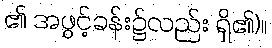
၏ အဖွင့်ခန်း၌လည်း ရှိ၏)။